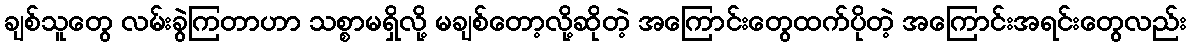
ချစ်သူတွေ လမ်းခွဲကြတာဟာ သစ္စာမရှိလို့ မချစ်တော့လို့ဆိုတဲ့ အကြောင်းတွေထက်ပိုတဲ့ အကြောင်းအရင်းတွေလည်း